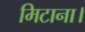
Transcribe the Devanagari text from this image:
मिटाना।